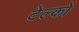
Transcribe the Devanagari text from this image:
टेल्कों